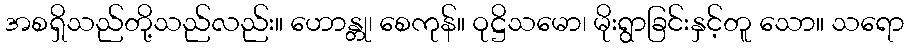
အစရှိသည်တို့သည်လည်း။ ဟောန္တု၊ စေကုန်။ ဝုဋ္ဌိသမော၊ မိုးရွာခြင်းနှင့်တူ သော။ သရော